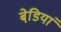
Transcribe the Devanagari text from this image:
बेडि़यां